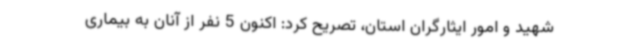
شهید و امور ایثارگران استان، تصریح کرد: اکنون 5 نفر از آنان به بیماری